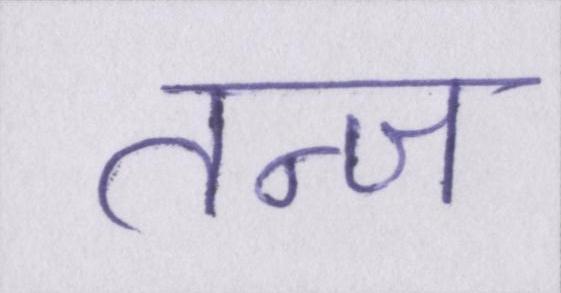
तन्ज